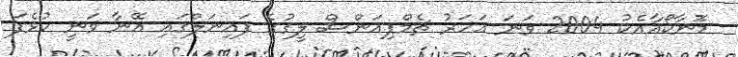
މޮނާކޯއާއެކު 2004 ވަނަ އަހަރު ޗެމްޕިއަންސް ލީގުގެ ފައިނަލްގައި އޭނާ ވަނީ ކުޅެފަ